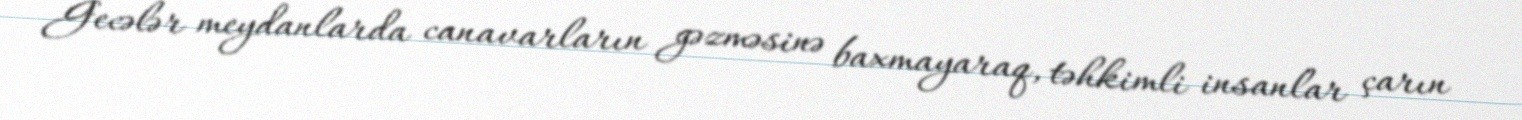
Gecələr meydanlarda canavarların gəzməsinə baxmayaraq, təhkimli insanlar çarın